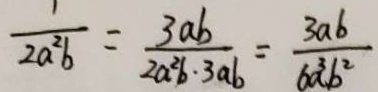
\frac { 1 } { 2 a ^ { 2 } b } = \frac { 3 a b } { 2 a ^ { 2 } b \cdot 3 a b } = \frac { 3 a b } { 6 a ^ { 3 } b ^ { 2 } }